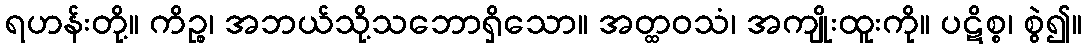
ရဟန်းတို့။ ကိဉ္စ၊ အဘယ်သို့သဘောရှိသော။ အတ္ထဝသံ၊ အကျိုးထူးကို။ ပဋိစ္စ၊ စွဲ၍။